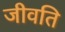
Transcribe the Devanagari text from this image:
जीवति